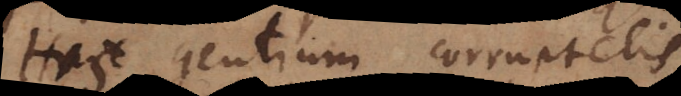
His gentium corruptelis